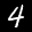
Label: 4